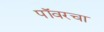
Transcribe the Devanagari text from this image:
पॉवरचा